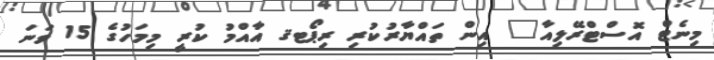
މިނެޓް އޮސްޓްރޭލިއާ" އިން ތައްޔާރުކުރި ރިޕޯޓޤ އާއްމު ކުރީ މިމަހުގެ 15 ވަނަ